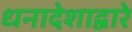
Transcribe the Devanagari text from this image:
धनादेशाद्वारे